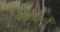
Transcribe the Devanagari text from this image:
घासपातनाशी